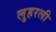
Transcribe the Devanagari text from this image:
लुहरली